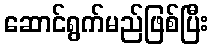
ဆောင်ရွက်မည်ဖြစ်ပြီး